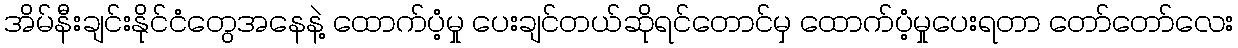
အိမ်နီးချင်းနိုင်ငံတွေအနေနဲ့ ထောက်ပံ့မှု ပေးချင်တယ်ဆိုရင်တောင်မှ ထောက်ပံ့မှုပေးရတာ တော်တော်လေး